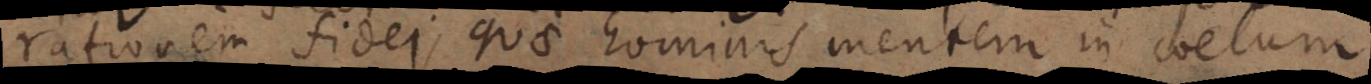
memorationem fidei, quae hominis mentem in coelum